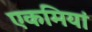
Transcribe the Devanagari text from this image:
एकमियां